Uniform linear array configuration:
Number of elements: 8
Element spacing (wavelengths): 0.25
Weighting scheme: cosine
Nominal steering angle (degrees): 45
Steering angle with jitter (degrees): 46.803
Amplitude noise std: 0.05
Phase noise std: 0.05

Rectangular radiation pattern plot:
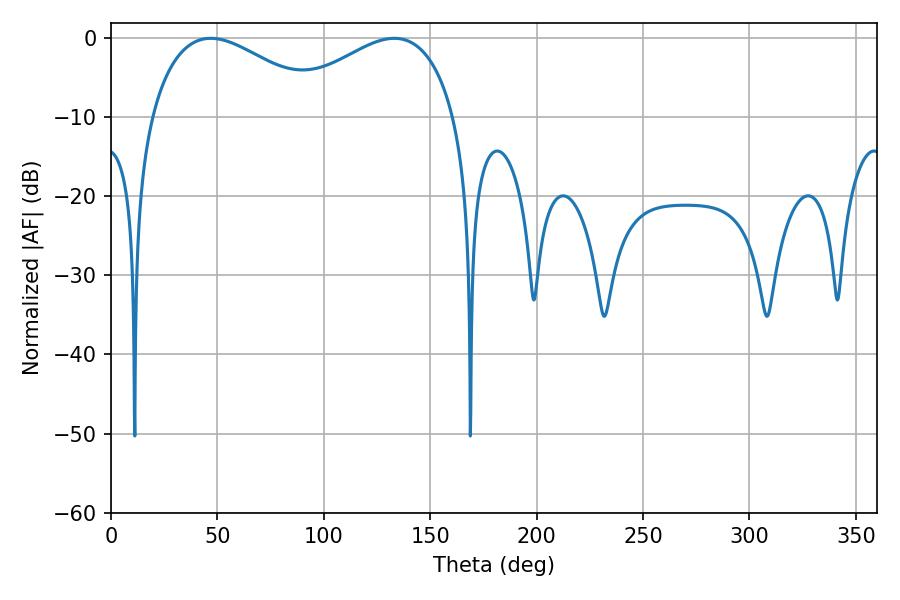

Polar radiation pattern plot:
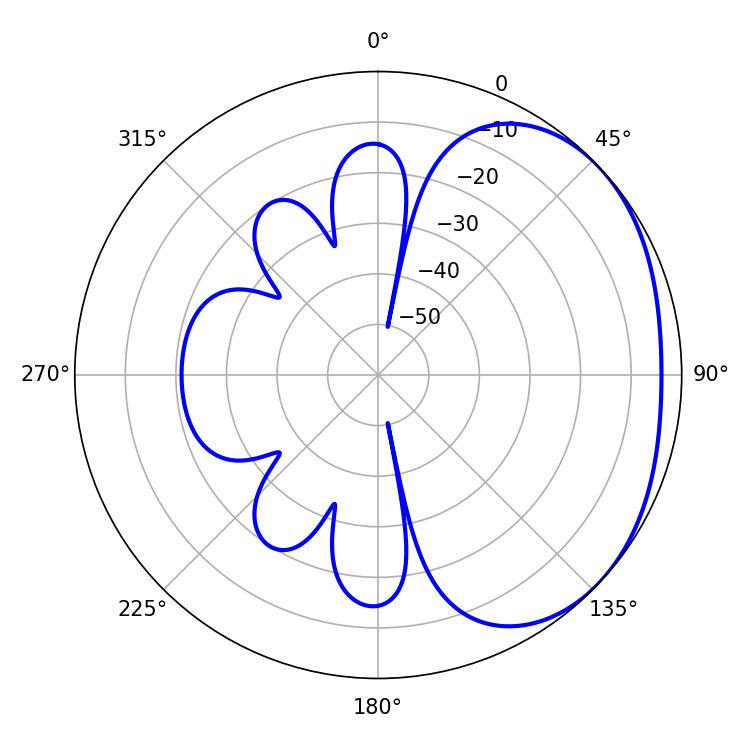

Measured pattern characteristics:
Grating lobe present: FALSE
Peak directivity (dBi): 2.151
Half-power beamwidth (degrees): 45.36
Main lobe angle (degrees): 46.8